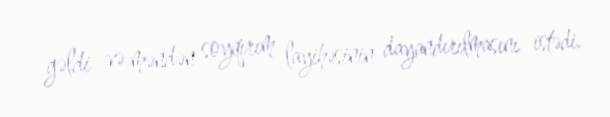
gəldi və məndən soyqırım layihəsinin dayandırılmasını istədi.